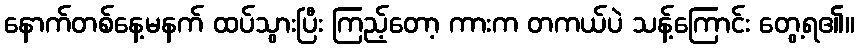
နောက်တစ်နေ့မနက် ထပ်သွားပြီး ကြည့်တော့ ကားက တကယ်ပဲ သန့်ကြောင်း တွေ့ရ၏။